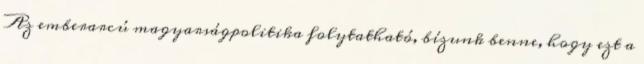
Az emberarcú magyarságpolitika folytatható, bízunk benne, hogy ezt a